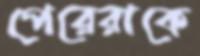
পেরেরাকে